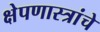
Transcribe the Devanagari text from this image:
क्षेपणास्त्रांचे